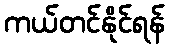
ကယ်တင်နိုင်ရန်